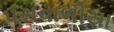
પસવાળીયા